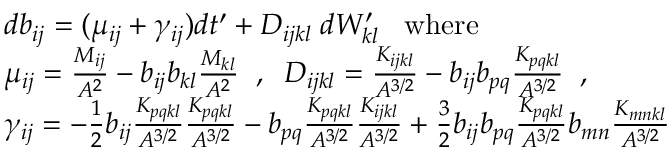
\begin{array} { r l } & { d b _ { i j } = ( \mu _ { i j } + \gamma _ { i j } ) d t ^ { \prime } + D _ { i j k l } \; d W _ { k l } ^ { \prime } \; \; \; \mathrm { w h e r e } } \\ & { \mu _ { i j } = \frac { M _ { i j } } { A ^ { 2 } } - b _ { i j } b _ { k l } \frac { M _ { k l } } { A ^ { 2 } } \; \; , \; \; D _ { i j k l } = \frac { K _ { i j k l } } { A ^ { 3 / 2 } } - b _ { i j } b _ { p q } \frac { K _ { p q k l } } { A ^ { 3 / 2 } } \; \; , } \\ & { \gamma _ { i j } = - \frac { 1 } { 2 } b _ { i j } \frac { K _ { p q k l } } { A ^ { 3 / 2 } } \frac { K _ { p q k l } } { A ^ { 3 / 2 } } - b _ { p q } \frac { K _ { p q k l } } { A ^ { 3 / 2 } } \frac { K _ { i j k l } } { A ^ { 3 / 2 } } + \frac { 3 } { 2 } b _ { i j } b _ { p q } \frac { K _ { p q k l } } { A ^ { 3 / 2 } } b _ { m n } \frac { K _ { m n k l } } { A ^ { 3 / 2 } } } \end{array}